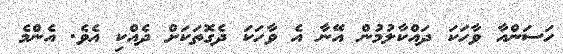
ހަސަންއާ ވާހަކަ ދައްކާލުމުން އޭނާ އެ ވާހަކަ ދެގޮތަކަށް ދެއްކި އެވެ. އެންމެ